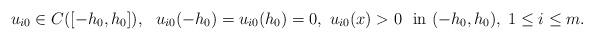
LaTeX: \begin{align*}u_{i0}\in C([-h_0,h_0]),\ \ u_{i0}(-h_0)=u_{i0}(h_0)=0,\ u_{i0}(x)>0\ \mbox{ in } (-h_0,h_0),\; 1\leq i\leq m.\end{align*}